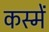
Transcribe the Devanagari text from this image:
कस्में